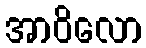
အာဝိလော